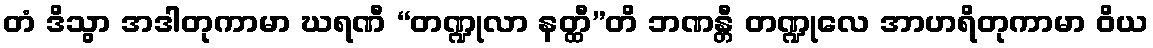
တံ ဒိသွာ အဒါတုကာမာ ဃရဏီ “တဏ္ဍုလာ နတ္ထီ”တိ ဘဏန္တီ တဏ္ဍုလေ အာဟရိတုကာမာ ဝိယ